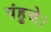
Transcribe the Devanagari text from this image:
पंहुचे।